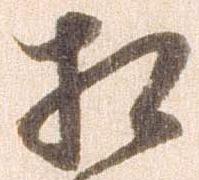
相